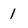
Character: 1